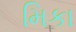
મિકા